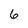
Character: 6